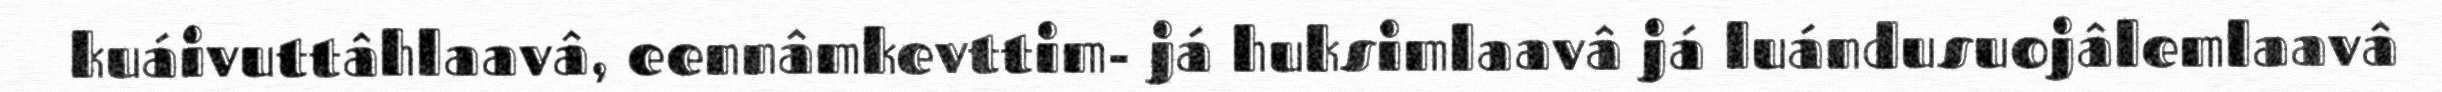
kuáivuttâhlaavâ, eennâmkevttim- já huksimlaavâ já luándusuojâlemlaavâ